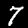
Label: 7